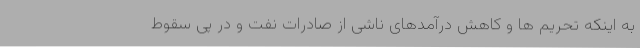
به اینکه تحریم ها و کاهش درآمدهای ناشی از صادرات نفت و در پی سقوط